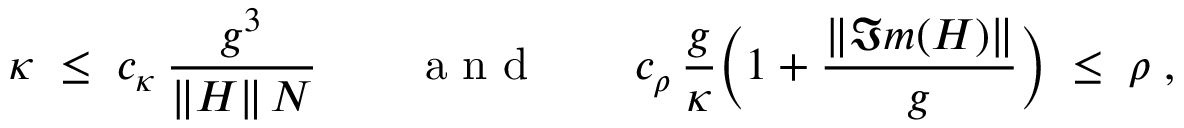
\kappa \; \leq \; c _ { \kappa } \, \frac { g ^ { 3 } } { \| H \| \, N } \qquad \mathrm { ~ a ~ n ~ d ~ } \qquad c _ { \rho } \, \frac { g } { \kappa } \Big ( 1 + \frac { \| \Im m ( H ) \| } { g } \Big ) \; \leq \; \rho \; ,